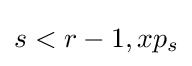
s<r-1,xp_{s}